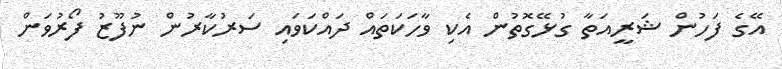
އޭގެ ފަހުން ޝަރީއަތާ ގުޅޭގޮތުން އެކި ވާހަކަތައް ދައްކަވައި ސަރުކާރުން ނުފޫޒު ފޯރުވަން